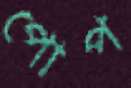
পোপ